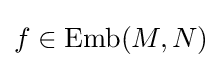
f\in \operatorname {Emb} (M,N)